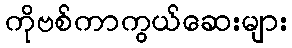
ကိုဗစ်ကာကွယ်ဆေးများ